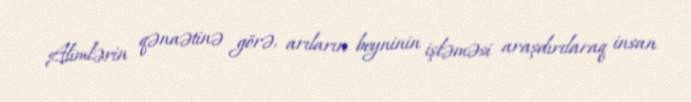
Alimlərin qənaətinə görə, arıların beyninin işləməsi araşdırılaraq insan